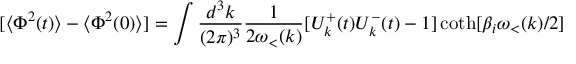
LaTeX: [ \langle \Phi ^ { 2 } ( t ) \rangle - \langle \Phi ^ { 2 } ( 0 ) \rangle ] = \int \frac { d ^ { 3 } k } { ( 2 \pi ) ^ { 3 } } \frac { 1 } { 2 \omega _ { < } ( k ) } [ { \cal { U } } _ { k } ^ { + } ( t ) { \cal { U } } _ { k } ^ { - } ( t ) - 1 ] \coth [ \beta _ { i } \omega _ { < } ( k ) / 2 ]